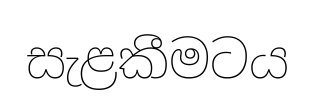
සැළකීමටය